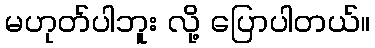
မဟုတ်ပါဘူး လို့ ပြောပါတယ်။